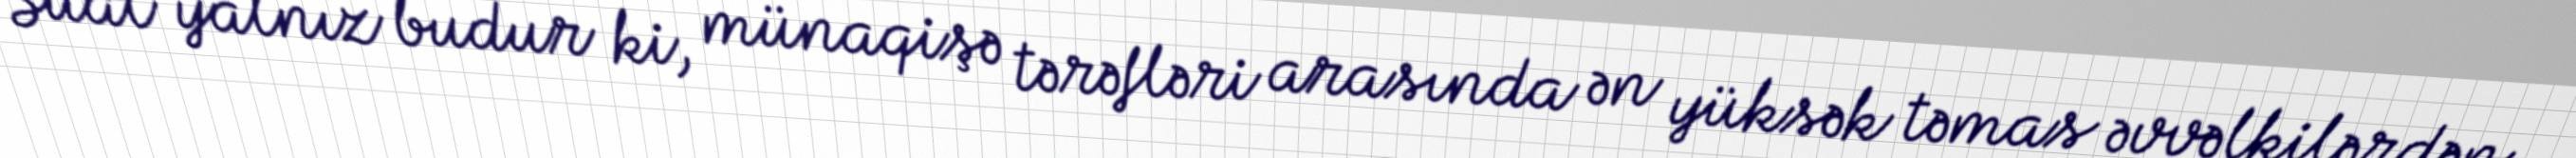
Sual yalnız budur ki, münaqişə tərəfləri arasında ən yüksək təmas əvvəlkilərdən